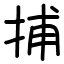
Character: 捕